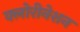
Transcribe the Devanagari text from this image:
क्लोरीनेशन